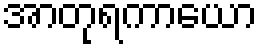
အာတုရကာယော